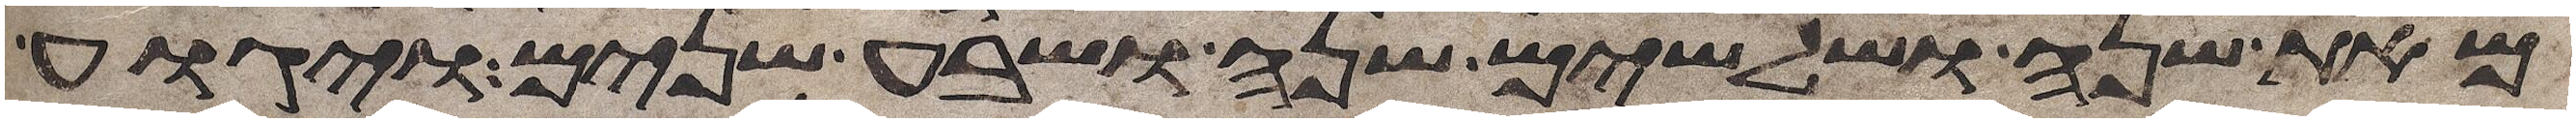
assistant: מאת שנה ושלשים שנה ושבע שנים ויגוע